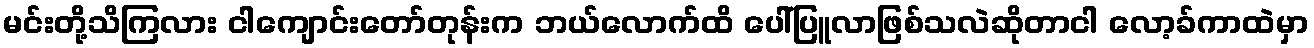
မင်းတို့သိကြလား ငါကျောင်းတော်တုန်းက ဘယ်လောက်ထိ ပေါ်ပြူလာဖြစ်သလဲဆိုတာငါ လော့ခ်ကာထဲမှာ